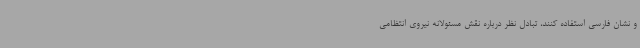
و نشان فارسی استفاده کنند، تبادل نظر درباره نقش مسئولانه نیروی انتظامی